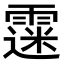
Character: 𩄲